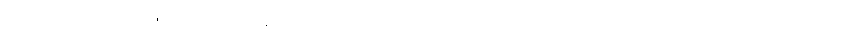
ကားလ်ဗတ်တို့ အိမ်ကမူ ယန်ကီ စာရင်းဒိုင်က မေတ္တာရပ်ခံသဖြင့် မီးဘေးက လွတ်သွားသည်။